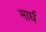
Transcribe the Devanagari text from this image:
मार्घ